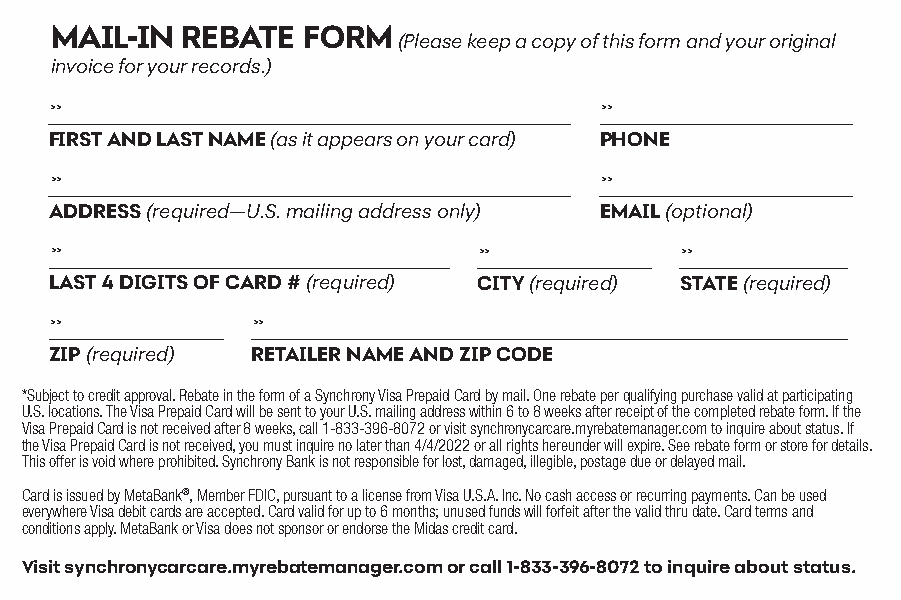
MAIL-IN  REBATE  FORM
 (Please keep a copy of this form and your original
 invoice for your records.)
 >>                                   >>
 FIRST AND LAST NAME (as it appears on your card) PHONE
 >>                                   >>
 ADDRESS (required—U.S. mailing address only) EMAIL (optional)
 >>                           >>           >>
 LAST 4 DIGITS OF CARD # (required) CITY (required) STATE (required)
 >>            >>
 ZIP (required) RETAILER NAME AND ZIP CODE
 *Subject to credit approval. Rebate in the form of a Synchrony Visa Prepaid Card by mail. One rebate per qualifying purchase valid at participating
 U.S. locations. The Visa Prepaid Card will be sent to your U.S. mailing address within 6 to 8 weeks after receipt of the completed rebate form. If the
 Visa Prepaid Card is not received after 8 weeks, call 1-833-396-8072 or visit synchronycarcare.myrebatemanager.com to inquire about status. If
 the Visa Prepaid Card is not received, you must inquire no later than 4/4/2022 or all rights hereunder will expire. See rebate form or store for details.
 This offer is void where prohibited. Synchrony Bank is not responsible for lost, damaged, illegible, postage due or delayed mail.
 Card is issued by MetaBank®, Member FDIC, pursuant to a license from Visa U.S.A. Inc. No cash access or recurring payments. Can be used
 everywhere Visa debit cards are accepted. Card valid for up to 6 months; unused funds will forfeit after the valid thru date. Card terms and
 conditions apply. MetaBank or Visa does not sponsor or endorse the Midas credit card.
 Visit synchronycarcare.myrebatemanager.com or call 1-833-396-8072 to inquire about status.